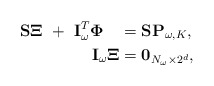
\begin{align*}\begin{aligned}\mathbf{S}\mathbf{\Xi}\,\, +\,\, \mathbf{I}_\omega^T\mathbf{\Phi} \quad&=\mathbf{S} \mathbf{P}_{\omega,K},\\\mathbf{I}_\omega \mathbf{\Xi}&=\mathbf{0}_{N_\omega \times 2^d},\end{aligned}\end{align*}